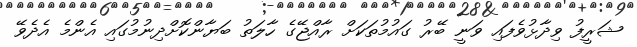
ޝަރީފު ވިދާޅުވެފައި ވަނީ ބޭރު ގައުމުތަކަށް ރާއްޖޭގެ ހާލަތު ބަޔާންކޮށްދިނުމުގައި އެންމެ އެދެވޭ